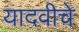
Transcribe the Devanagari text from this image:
यादवीचे